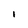
Character: l